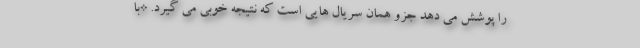
را پوشش می دهد جزو همان سریال هایی است که نتیجه خوبی می گیرد. *با